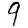
Digit: 9